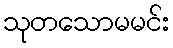
သုတသောမမင်း